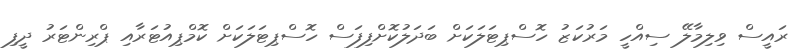
ރައީސް ވިލިމާލޭ ސިއްހީ މަރުކަޒު ހޮސްޕިޓަލަކަށް ބަދަލުކޮށްފިފަސް ހޮސްޕިޓަލަކަށް ކޮމްޕިއުޓަރާއި ޕްރިންޓަރު ދީފި